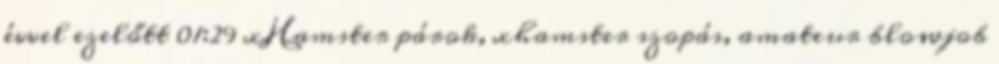
évvel ezelőtt 01:29 xHamster párok, xhamster szopás, amateur blowjob